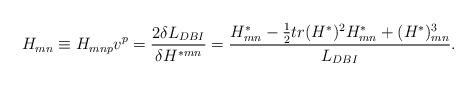
LaTeX: \begin{align*}H_{mn}\equiv H_{mnp}v^p={{2\delta L_{DBI}}\over{\delta H^{*mn}}}={{H^*_{mn}-{1\over 2}tr(H^*)^2H^*_{mn}+(H^*)^3_{mn}}\over{L_{DBI}}}.\end{align*}